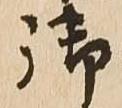
御